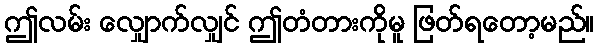
ဤလမ်း လျှောက်လျှင် ဤတံတားကိုမူ ဖြတ်ရတော့မည်။